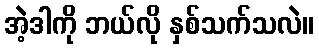
အဲ့ဒါကို ဘယ်လို နှစ်သက်သလဲ။